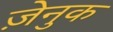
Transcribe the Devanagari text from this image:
ज़ेनुक